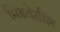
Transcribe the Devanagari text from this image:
मिडवेतील